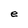
Character: e